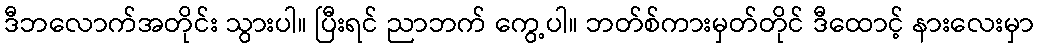
ဒီဘလောက်အတိုင်း သွားပါ။ ပြီးရင် ညာဘက် ကွေ့ပါ။ ဘတ်စ်ကားမှတ်တိုင် ဒီထောင့် နားလေးမှာ